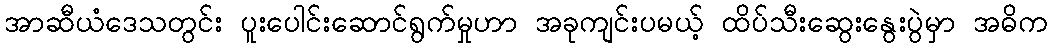
အာဆီယံဒေသတွင်း ပူးပေါင်းဆောင်ရွက်မှုဟာ အခုကျင်းပမယ့် ထိပ်သီးဆွေးနွေးပွဲမှာ အဓိက